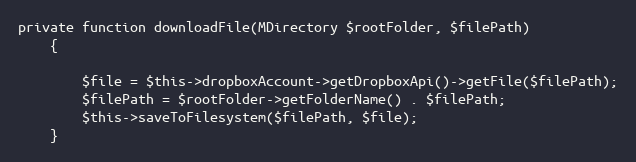
Language: PHP
private function downloadFile(MDirectory $rootFolder, $filePath)
    {

        $file = $this->dropboxAccount->getDropboxApi()->getFile($filePath);
        $filePath = $rootFolder->getFolderName() . $filePath;
        $this->saveToFilesystem($filePath, $file);
    }